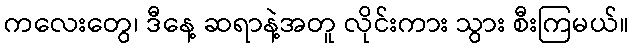
ကလေးတွေ၊ ဒီနေ့ ဆရာနဲ့အတူ လိုင်းကား သွား စီးကြမယ်။